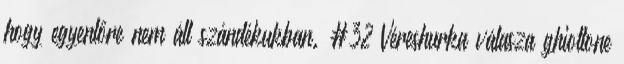
hogy egyenlőre nem áll szándékukban. #32 Véreshurka válasza ghiottone